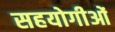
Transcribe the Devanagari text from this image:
सहयोगीओं